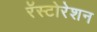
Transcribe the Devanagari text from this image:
रॅस्टोरेशन